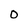
Character: 0